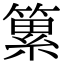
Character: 䉂